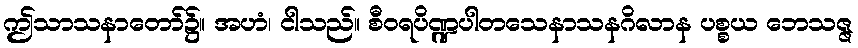
ဤသာသနာတော်၌။ အဟံ၊ ငါသည်။ စီဝရပိဏ္ဍပါတသေနာသနဂိလာန ပစ္စယ ဘေသဇ္ဇ